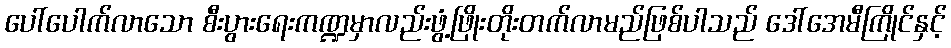
ပေါ်ပေါက်လာသော စီးပွားရေးကဏ္ဍမှာလည်းဖွံ့ဖြိုးတိုးတက်လာမည်ဖြစ်ပါသည် ဒေါ်အေမီကြိုင်နှင့်